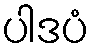
ပါဒပံ